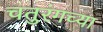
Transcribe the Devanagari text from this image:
चतुरंगच्या